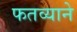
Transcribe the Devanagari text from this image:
फतव्याने